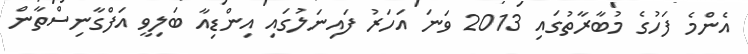
އެންމެ ފަހުގެ މުބާރާތުގައި 2013 ވަނަ އަހަރު ފައިނަލުގައި އިންޑިއާ ބަލިވީ އަފްގާނިސްތާން